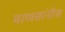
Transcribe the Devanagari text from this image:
माणसांनीच